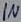
Text: IN